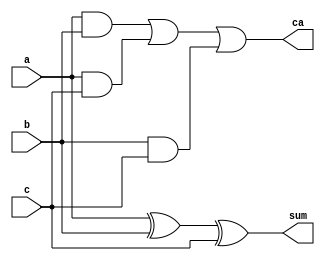
`timescale 1ns / 1ps
//////////////////////////////////////////////////////////////////////////////////
// Company: 
// Engineer: 
// 
// Design Name: 
// Module Name: fa
// Project Name: 
// Target Devices: 
// Tool Versions: 
// Description: 
// 
// Dependencies: 
// 
// Revision:
// Revision 0.01 - File Created
// Additional Comments:
// 
//////////////////////////////////////////////////////////////////////////////////


module fa(
    input a,
    input b,
    input c,
    output sum,
    output ca
    );
    
    assign sum = a^b^c;
    assign ca = a&b | a&c | b&c ;
    
endmodule